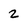
Character: 2